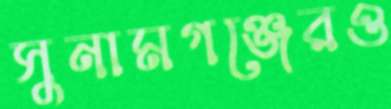
সুনামগঞ্জেরও